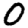
Digit: 0